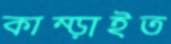
কাম্‌ড়াইত